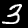
Label: 3